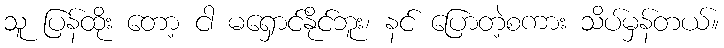
သူ ပြန်ထိုး တော့ ငါ မရှောင်နိုင်ဘူး၊ နင် ပြောတဲ့စကား သိပ်မှန်တယ်။